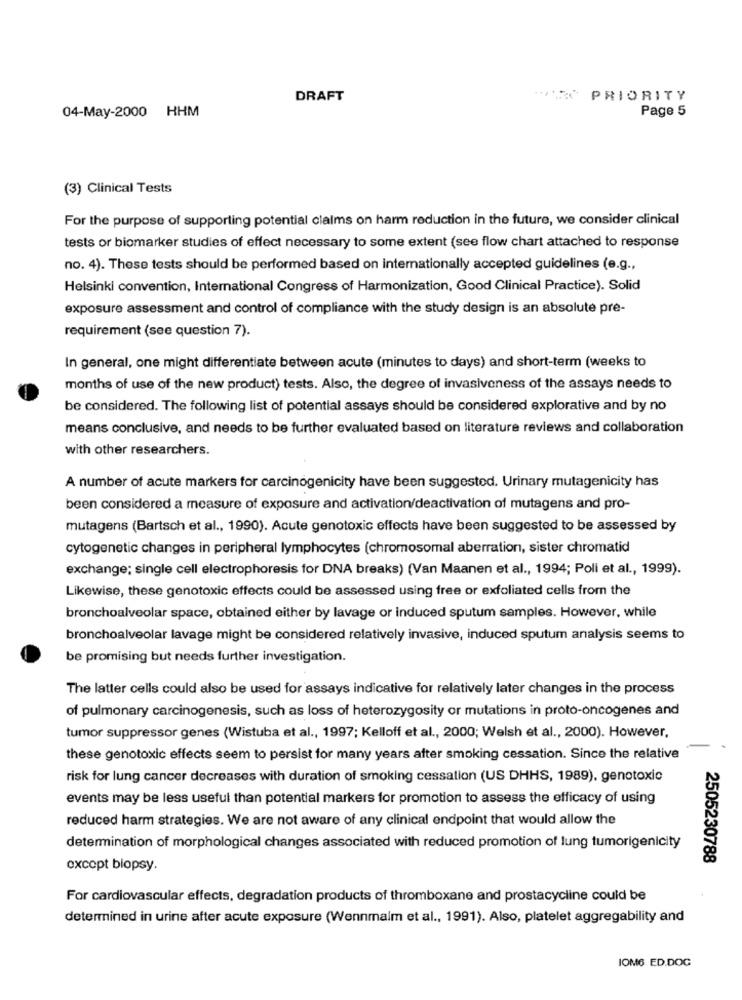
DRAFT
CARO PRIORITY
04-May-2000 HHM
Page 5
(3) Clinical Tests
For the purpose of supporting potential claims on harm reduction in the future, we consider clinical
tests or biomarker studies of effect necessary to some extent (see flow chart attached to response
no. 4). These tests should be performed based on internationally accepted guidelines (e.g .,
Helsinki convention, International Congress of Harmonization, Good Clinical Practice). Solid
exposure assessment and control of compliance with the study design is an absolute pre-
requirement (see question 7).
In general, one might differentiate between acute (minutes to days) and short-term (weeks to
months of use of the new product) tests. Also, the degree of invasiveness of the assays needs to
be considered. The following list of potential assays should be considered explorative and by no
means conclusive, and needs to be further evaluated based on literature reviews and collaboration
with other researchers.
A number of acute markers for carcinogenicity have been suggested. Urinary mutagenicity has
been considered a measure of exposure and activation/deactivation of mutagens and pro-
mutagens (Bartsch et al ., 1990). Acute genotoxic effects have been suggested to be assessed by
cytogenetic changes in peripheral lymphocytes (chromosomal aberration, sister chromatid
exchange; single cell electrophoresis for DNA breaks) (Van Maanen et al ., 1994; Poli et al ., 1999).
Likewise, these genotoxic effects could be assessed using free or exfoliated cells from the
bronchoalveolar space, obtained either by lavage or induced sputum samples. However, while
bronchoalveolar lavage might be considered relatively invasive, induced sputum analysis seems to
be promising but needs further investigation.
The latter cells could also be used for assays indicative for relatively later changes in the process
of pulmonary carcinogenesis, such as loss of heterozygosity or mutations in proto-oncogenes and
tumor suppressor genes (Wistuba et al ., 1997; Kelloff et al ., 2000; Welsh et al ., 2000). However,
these genotoxic effects seem to persist for many years after smoking cessation. Since the relative
risk for lung cancer decreases with duration of smoking cessation (US DHHS, 1989), genotoxic
events may be less useful than potential markers for promotion to assess the efficacy of using
reduced harm strategies. We are not aware of any clinical endpoint that would allow the
determination of morphological changes associated with reduced promotion of lung tumorigenicity
2505230788
except biopsy.
For cardiovascular effects, degradation products of thromboxane and prostacycline could be
determined in urine after acute exposure (Wennmalm et al ., 1991). Also, platelet aggregability and
IOM6 ED.DOG